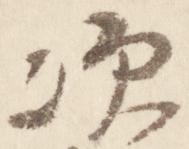
次